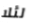
لئلا